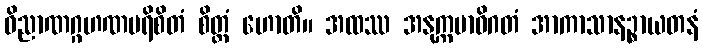
ဝိညာဏဂ္ဂဟဏပရိစိတံ စိတ္တံ ဟောတိ။ အထဿ အနုက္ကမာဓိဂတံ အာကာသာနဉ္စာယတနံ